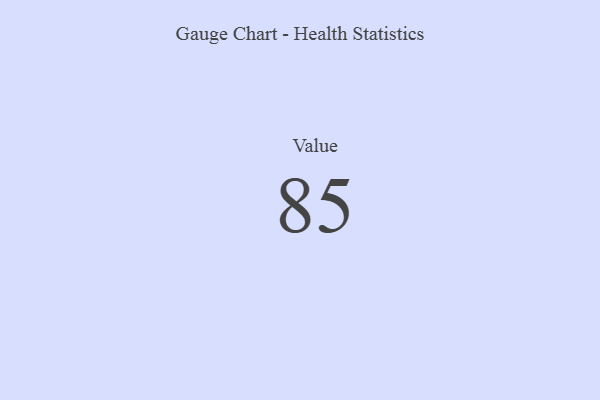
{"axis": {"x": "Metric", "y": "Value"}, "legend": [""], "data": [{"x": "Value", "y": 85, "type": ""}]}